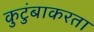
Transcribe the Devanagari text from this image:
कुटुंबाकरता